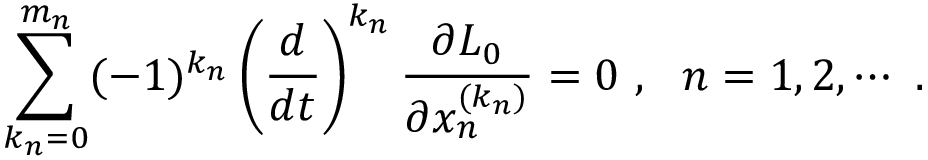
\sum _ { k _ { n } = 0 } ^ { m _ { n } } ( - 1 ) ^ { k _ { n } } \left( \frac { d } { d t } \right) ^ { k _ { n } } \frac { \partial L _ { 0 } } { \partial x _ { n } ^ { ( k _ { n } ) } } = 0 \ , \ \ n = 1 , 2 , \cdots \ .